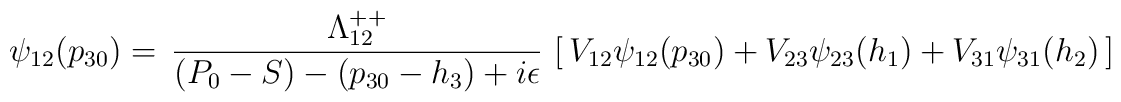
\psi_{12}(p_{30})=\,{\Lambda^{++}_{12}\over(P_0-S)-(p_{30}-h_3)+i\epsilon}\,\left[\,V_{12}\psi_{12}(p_{30})+V_{23}\psi_{23}(h_1)+V_{31}\psi_{31}(h_2)\,\right]